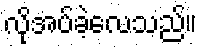
လိုအပ်ခဲ့လေသည်။